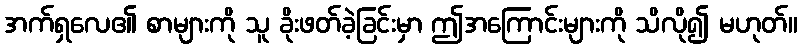
အက်ရှလေ၏ စာများကို သူ ခိုးဖတ်ခဲ့ခြင်းမှာ ဤအကြောင်းများကို သိလို၍ မဟုတ်။